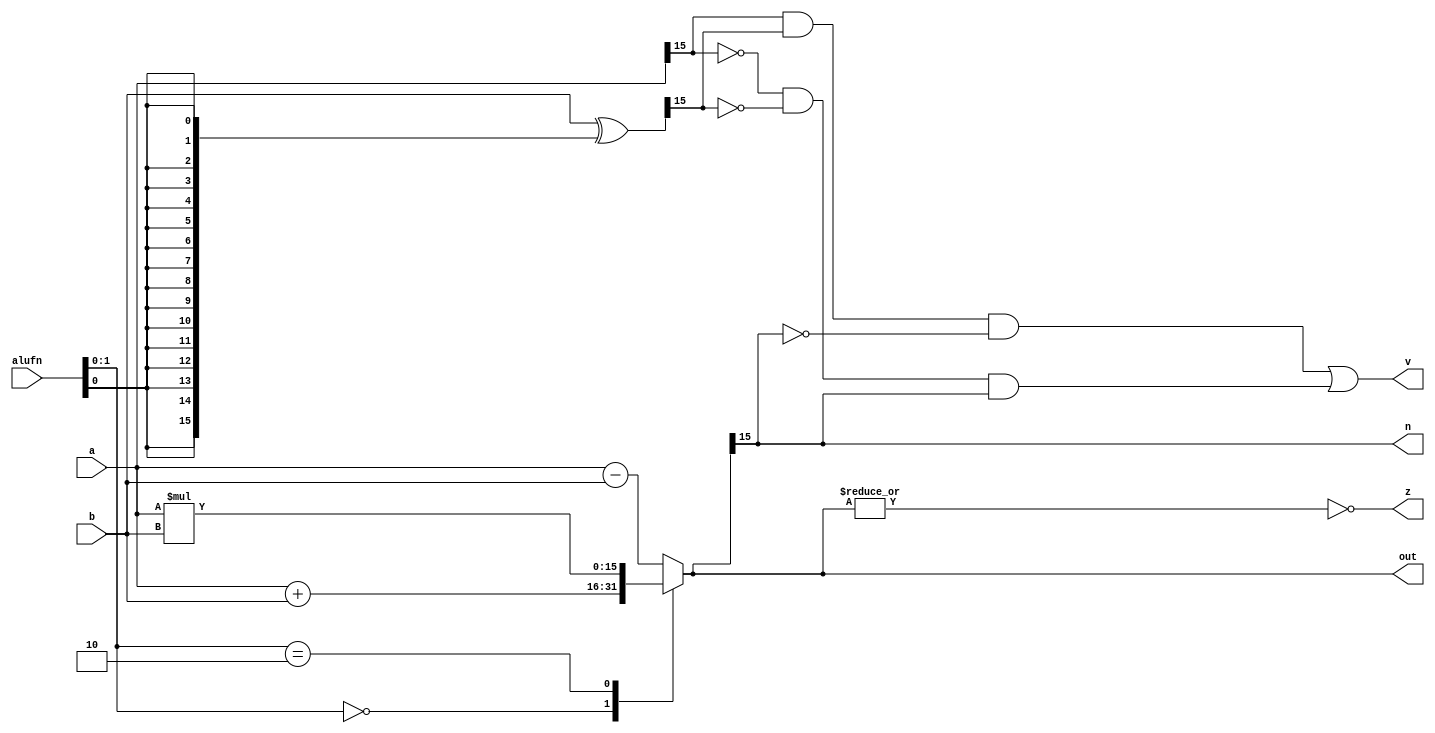
module adder16_7 (
    input [5:0] alufn,
    input [15:0] a,
    input [15:0] b,
    output reg [15:0] out,
    output reg z,
    output reg n,
    output reg v
  );
  
  
  
  reg [15:0] sum;
  
  reg [15:0] xb;
  
  always @* begin
    xb = b ^ {5'h10{alufn[0+0-:1]}};
    
    case (alufn[0+1-:2])
      2'h0: begin
        sum = a + b;
      end
      2'h1: begin
        sum = a - b;
      end
      2'h2: begin
        sum = a * b;
      end
      default: begin
        sum = a - b;
      end
    endcase
    v = (a[15+0-:1] & xb[15+0-:1] & ~sum[15+0-:1]) | (~a[15+0-:1] & ~xb[15+0-:1] & sum[15+0-:1]);
    n = sum[15+0-:1];
    z = (~|sum);
    out = sum;
  end
endmodule